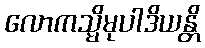
လောကသ္မိမုပါဒိယန္တိ